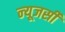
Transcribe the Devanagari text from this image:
न्‍यूजर्सी